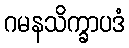
ဂမနသိက္ခာပဒံ